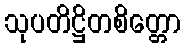
သုပတိဋ္ဌိတစိတ္တော